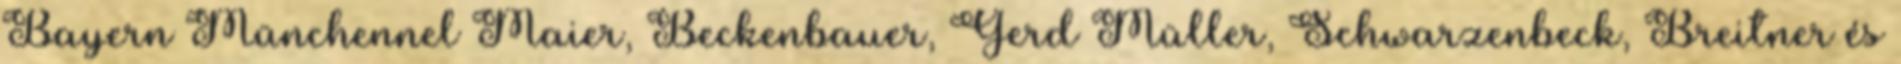
Bayern Münchennel Maier, Beckenbauer, Gerd Müller, Schwarzenbeck, Breitner és